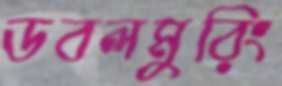
ডবলমুরিং